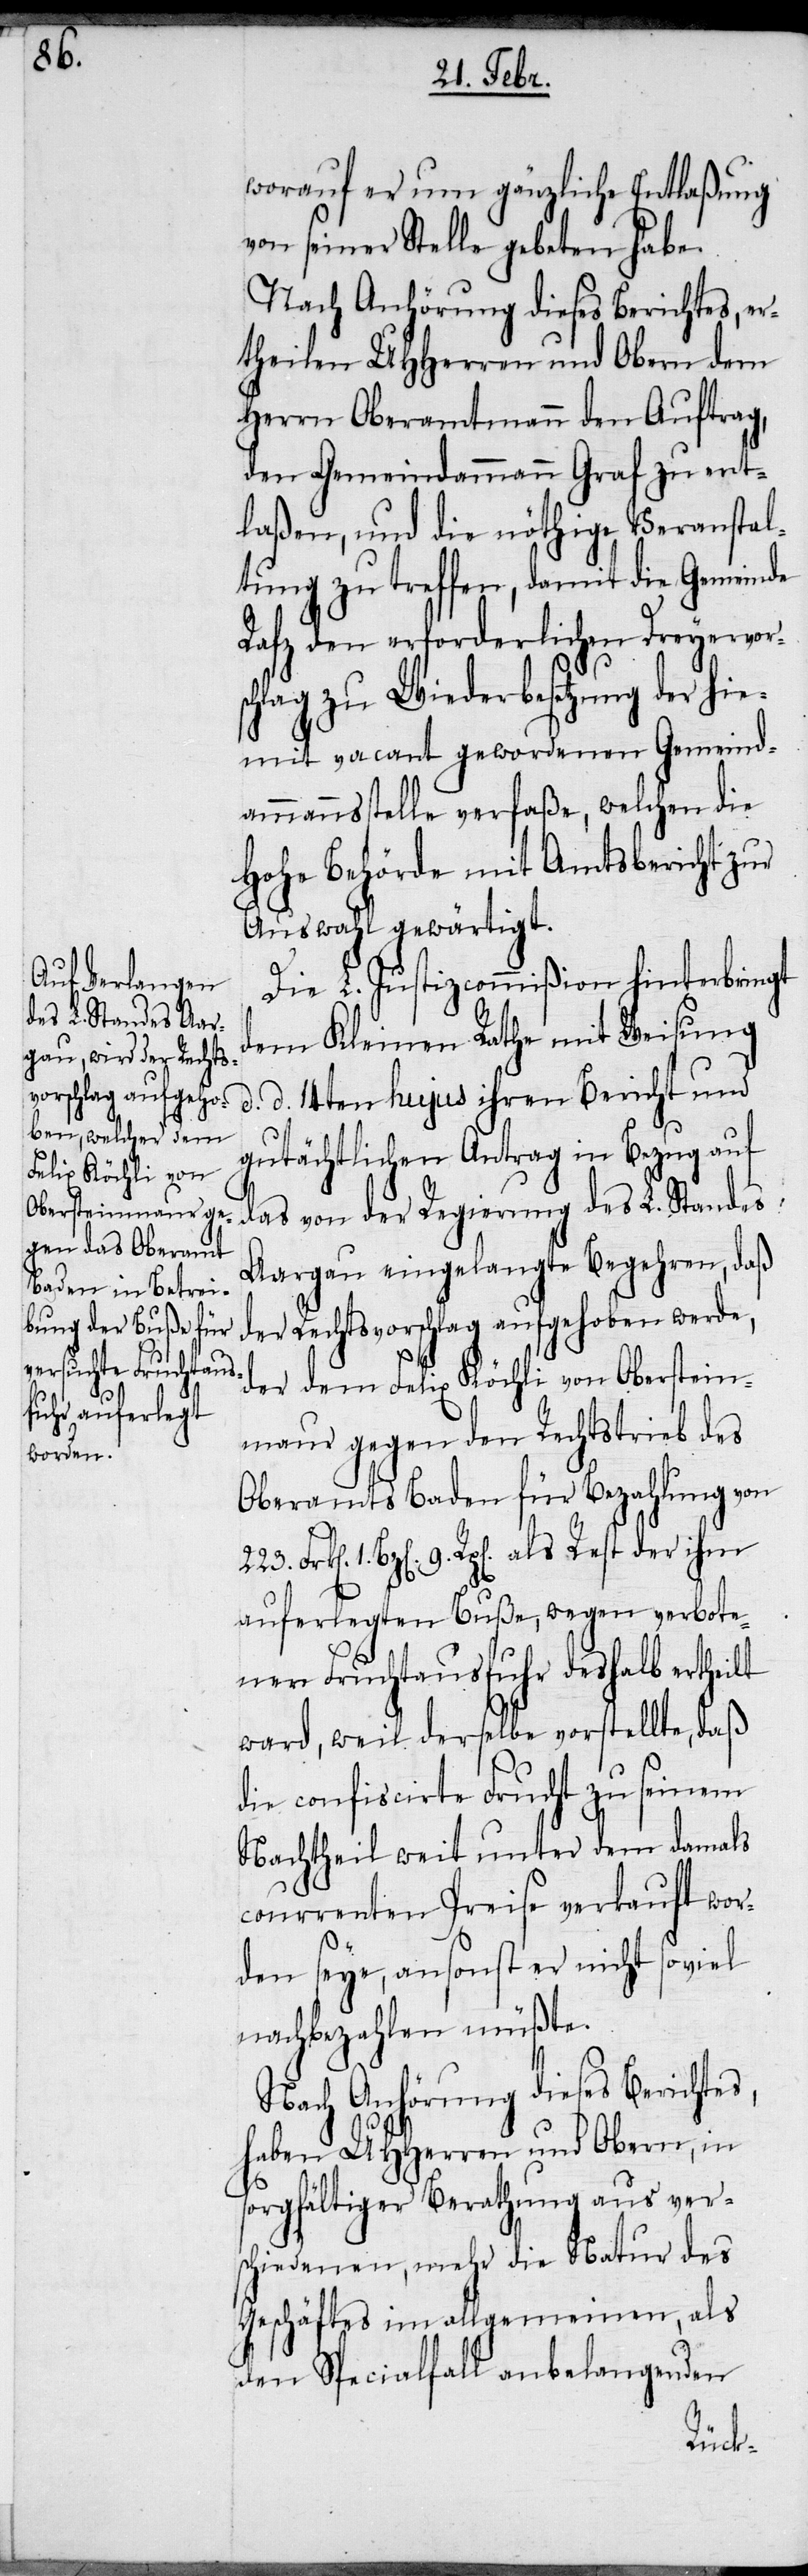
worauf er um gänzliche Entlaßung
von seiner Stelle gebeten habe.
Nach Anhörung dieses Berichtes, er¬
theilen UHHerren und Obern dem
Herrn Oberamtmann den Auftrag,
den Gemeindammann Graf zu ent¬
laßen, und die nöthige Veranstal¬
tung zu treffen, damit die Gemeinde
Rafz den erforderlichen Dreyervors¬
chlag zu Wiederbesetzung der hie¬
mit vacant gewordenen Gemeind¬
ammannsstelle verfaße, welchen die
Hohe Behörde mit Amtsbericht zur
Auswahl gewärtigt.
Die L. Justizcommißion hinterbringt
dem Kleinen Rathe mit Weisung
d. 14ten hujus ihren Bericht und
d.
gutächtlichen Antrag in Bezug auf
das von der Regierung des L. Standes
Aargau eingelangte Begehren, daß
der Rechtsvorschlag aufgehoben werde,
der dem Felix Köchli von Oberstein¬
maur gegen den Rechtstrieb des
Oberamts Baden für Bezahlung von
1. Bz[en]. 9. Rp[en]. als Rest der ihm
auferlegten Buße, wegen verbote¬
ner Fruchtausfuhr deshalb ertheilt
ward, weil derselbe vorstellte, daß
die confiscirte Frucht zu seinem
Nachtheil weit unter dem damals
courrenten Preise verkauft wor¬
den seye, ansonst er nicht soviel
nachbezahlen müßte.
Nach Anhörung dieses Berichtes,
haben UHHerren und Obern, in
sorgfältiger Berathung aus ver¬
schiedenen, mehr die Natur des
Geschäftes im allgemeinen, als
den Specialfall anbelangenden